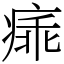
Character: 㾩